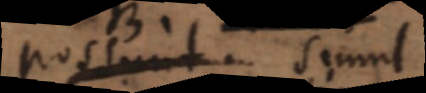
possunt simul